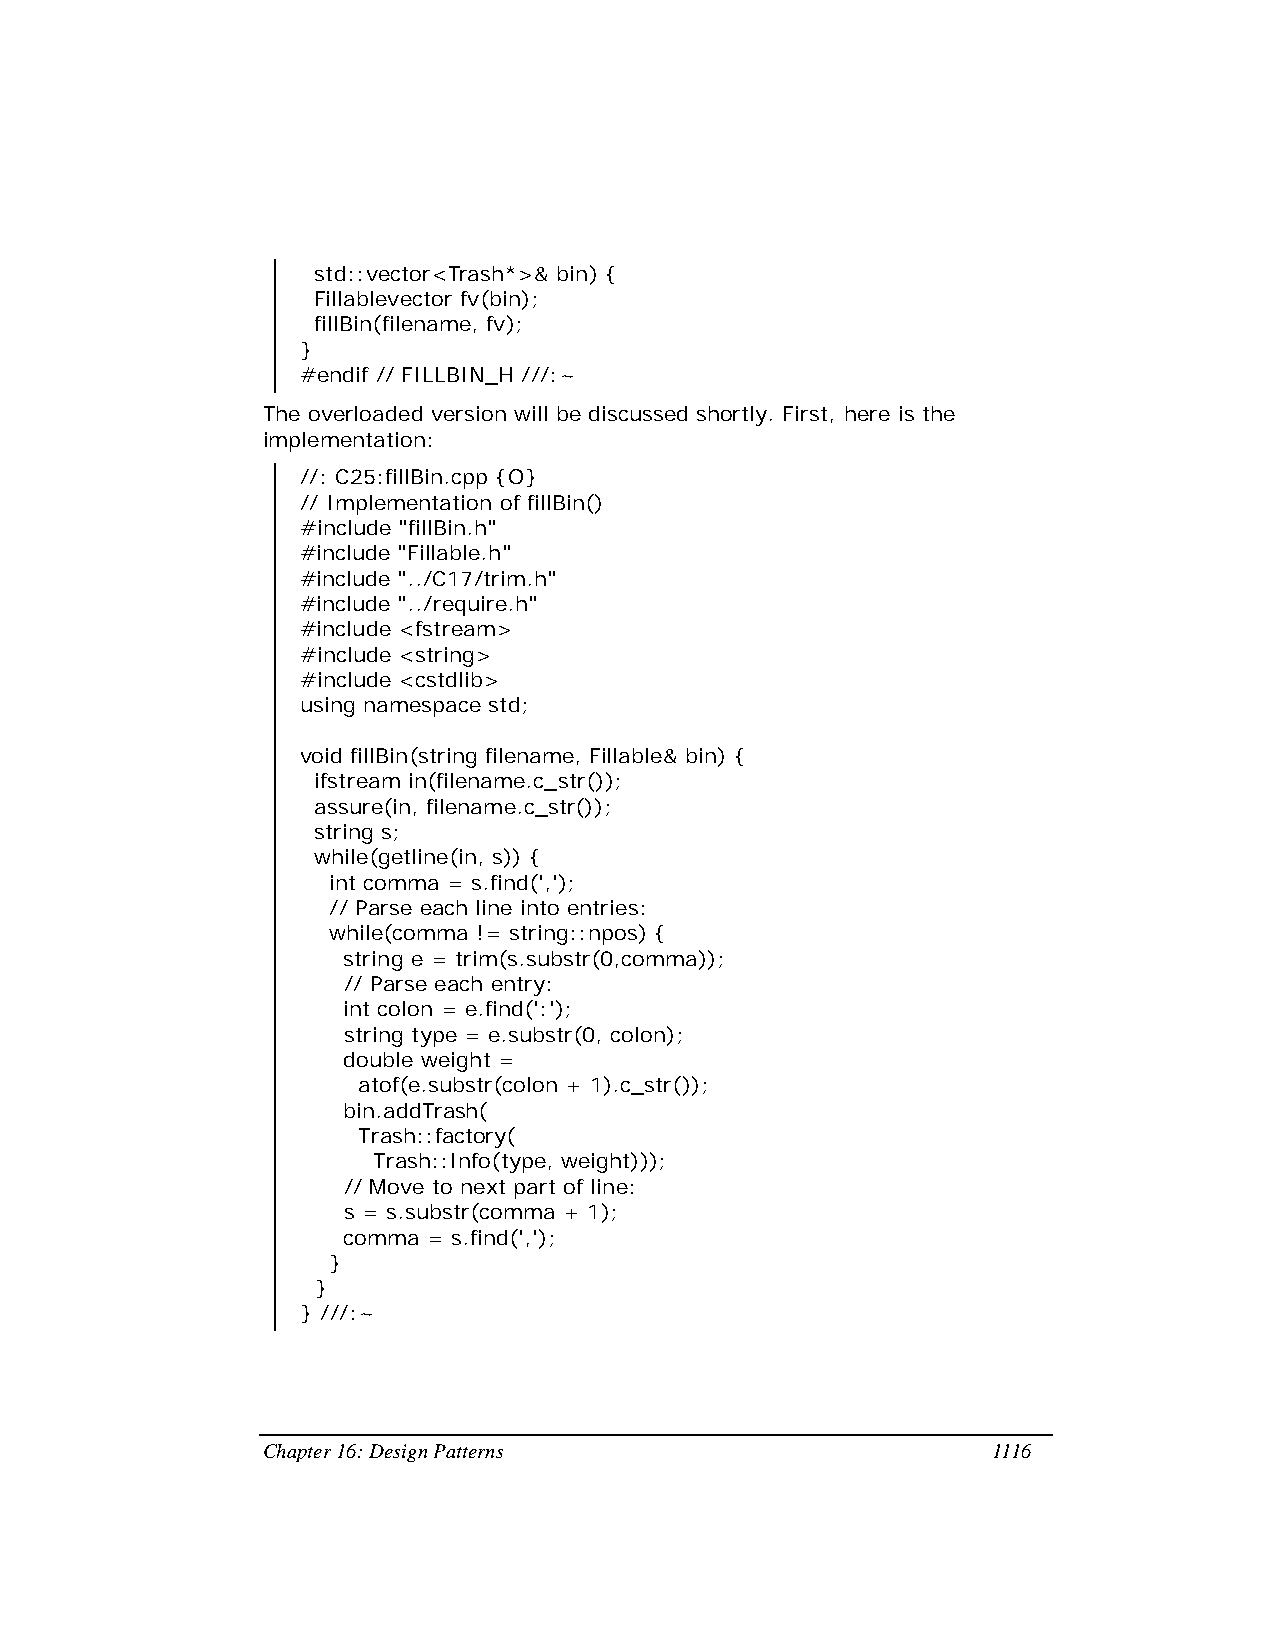
std::vector<Trash*>& bin) {
 Fillablevector fv(bin);
 fillBin(filename, fv);
 }
 #endif // FILLBIN_H ///:~
 The overloaded version will be discussed shortly. First, here is the
 implementation:
 //: C25:fillBin.cpp {O}
 // Implementation of fillBin()
 #include "fillBin.h"
 #include "Fillable.h"
 #include "../C17/trim.h"
 #include "../require.h"
 #include <fstream>
 #include <string>
 #include <cstdlib>
 using namespace std;
 void fillBin(string filename, Fillable& bin) {
 ifstream in(filename.c_str());
 assure(in, filename.c_str());
 string s;
 while(getline(in, s)) {
 int comma = s.find(',');
 // Parse each line into entries:
 while(comma != string::npos) {
 string e = trim(s.substr(0,comma));
 // Parse each entry:
 int colon = e.find(':');
 string type = e.substr(0, colon);
 double weight =
 atof(e.substr(colon + 1).c_str());
 bin.addTrash(
 Trash::factory(
 Trash::Info(type, weight)));
 // Move to next part of line:
 s = s.substr(comma + 1);
 comma = s.find(',');
 }
 }
 } ///:~
 Chapter 16: Design Patterns                      1116